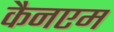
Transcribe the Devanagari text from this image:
कैनएम